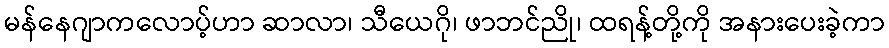
မန်နေဂျာကလောပ့်ဟာ ဆာလာ၊ သီယေဂို၊ ဖာဘင်ညို၊ ထရန့်တို့ကို အနားပေးခဲ့ကာ